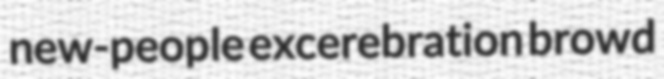
new-people excerebration browd